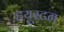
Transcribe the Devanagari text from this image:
हयूस्टन